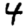
Digit: 4